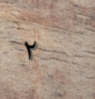
٢